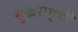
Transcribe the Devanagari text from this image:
सुखसमृद्धी